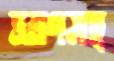
ভ্রমণসহ